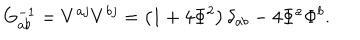
G _ { a b } ^ { - 1 } = V ^ { a j } V ^ { b j } = \left( 1 + 4 \Phi ^ { 2 } \right) \delta _ { a b } - 4 \Phi ^ { a } \Phi ^ { b } .